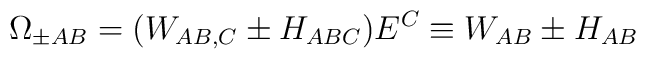
\Omega_{ \pm AB}= (W_{AB, C}  \pm  H_{ABC} )E^C \equiv W_{AB} \pm H_{AB}